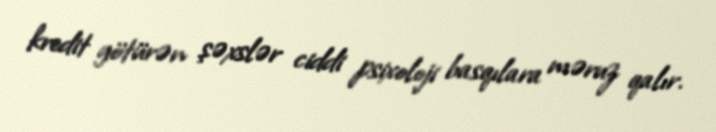
kredit götürən şəxslər ciddi psixoloji basqılara məruz qalır.